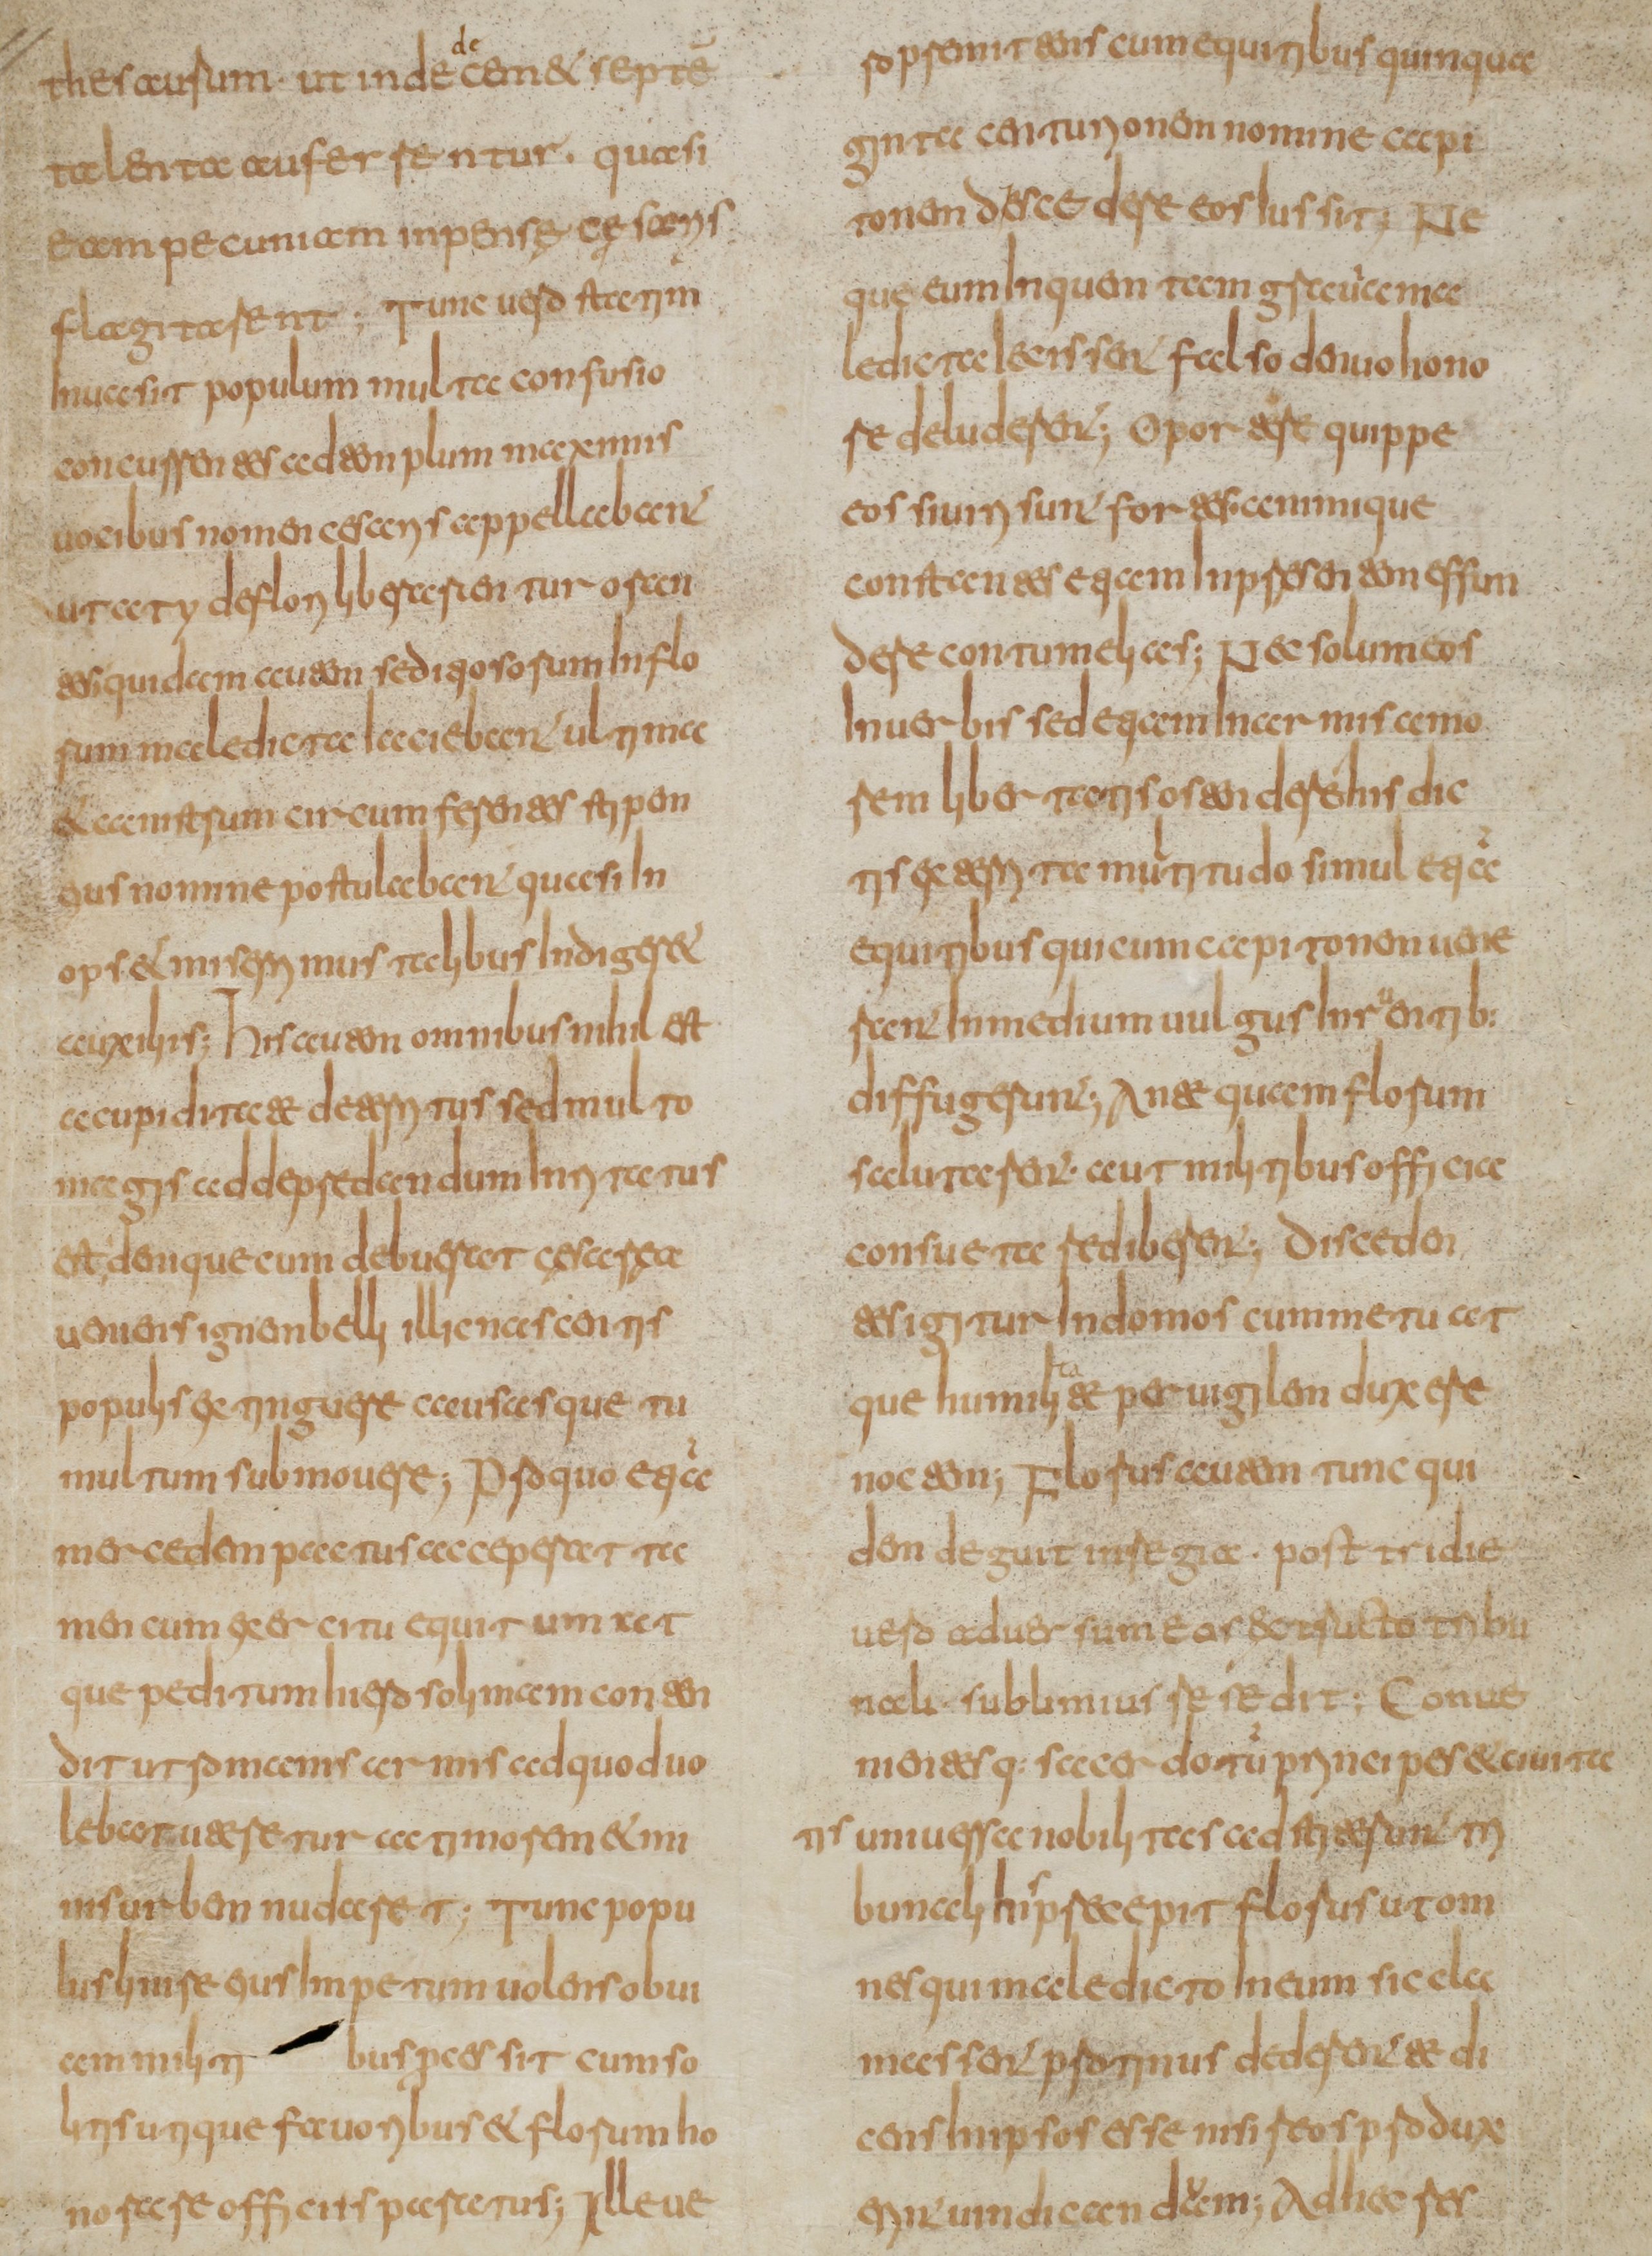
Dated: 800–849